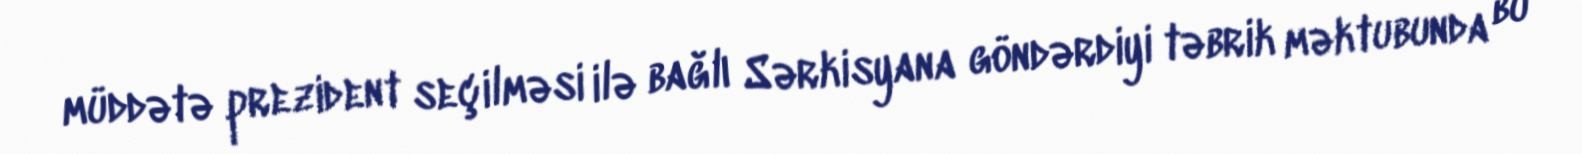
müddətə prezident seçilməsi ilə bağlı Sərkisyana göndərdiyi təbrik məktubunda bu